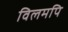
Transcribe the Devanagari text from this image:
विलमपि